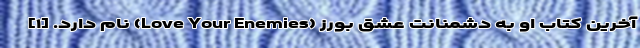
آخرین کتاب او به دشمنانت عشق بورز (Love Your Enemies) نام دارد. [۱]